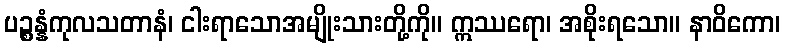
ပဉ္စန္နံကုလသတာနံ၊ ငါးရာသောအမျိုးသားတို့ကို။ ဣဿရော၊ အစိုးရသော။ နာဝိကော၊